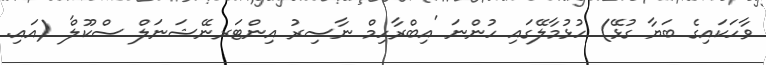
ވާހަކައިގެ ބަޔާ ގުޅޭ) ހުޅުމާލޭގައި ހުންނަ 'އިބްރާހިމް ނާސިރު އިންޓަރނޭޝަނަލް ސްކޫލް' (އައި.